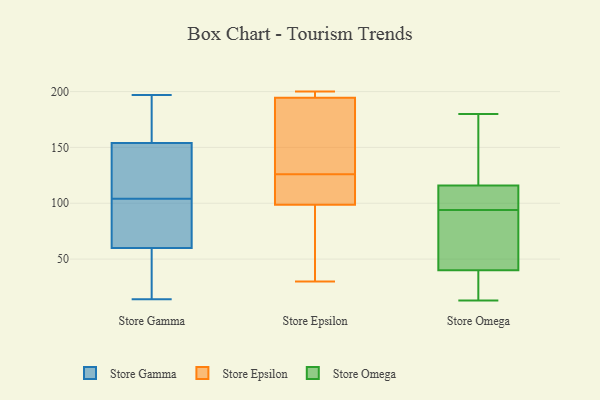
{"axis": {"x": "Satisfaction Score", "y": "Value"}, "legend": ["Store Epsilon", "Store Gamma", "Store Omega"], "data": [{"x": "", "y": 104, "type": "Store Gamma"}, {"x": "", "y": 104, "type": "Store Gamma"}, {"x": "", "y": 128, "type": "Store Gamma"}, {"x": "", "y": 36, "type": "Store Gamma"}, {"x": "", "y": 190, "type": "Store Gamma"}, {"x": "", "y": 14, "type": "Store Gamma"}, {"x": "", "y": 68, "type": "Store Gamma"}, {"x": "", "y": 65, "type": "Store Gamma"}, {"x": "", "y": 164, "type": "Store Gamma"}, {"x": "", "y": 33, "type": "Store Gamma"}, {"x": "", "y": 154, "type": "Store Gamma"}, {"x": "", "y": 197, "type": "Store Gamma"}, {"x": "", "y": 125, "type": "Store Gamma"}, {"x": "", "y": 60, "type": "Store Gamma"}, {"x": "", "y": 107, "type": "Store Epsilon"}, {"x": "", "y": 72, "type": "Store Epsilon"}, {"x": "", "y": 123, "type": "Store Epsilon"}, {"x": "", "y": 190, "type": "Store Epsilon"}, {"x": "", "y": 200, "type": "Store Epsilon"}, {"x": "", "y": 196, "type": "Store Epsilon"}, {"x": "", "y": 96, "type": "Store Epsilon"}, {"x": "", "y": 200, "type": "Store Epsilon"}, {"x": "", "y": 171, "type": "Store Epsilon"}, {"x": "", "y": 30, "type": "Store Epsilon"}, {"x": "", "y": 126, "type": "Store Epsilon"}, {"x": "", "y": 35, "type": "Store Omega"}, {"x": "", "y": 118, "type": "Store Omega"}, {"x": "", "y": 180, "type": "Store Omega"}, {"x": "", "y": 86, "type": "Store Omega"}, {"x": "", "y": 104, "type": "Store Omega"}, {"x": "", "y": 127, "type": "Store Omega"}, {"x": "", "y": 127, "type": "Store Omega"}, {"x": "", "y": 49, "type": "Store Omega"}, {"x": "", "y": 37, "type": "Store Omega"}, {"x": "", "y": 29, "type": "Store Omega"}, {"x": "", "y": 13, "type": "Store Omega"}, {"x": "", "y": 104, "type": "Store Omega"}, {"x": "", "y": 110, "type": "Store Omega"}, {"x": "", "y": 51, "type": "Store Omega"}, {"x": "", "y": 94, "type": "Store Omega"}]}